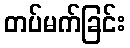
တပ်မက်ခြင်း